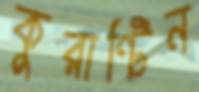
কুরান্টিন